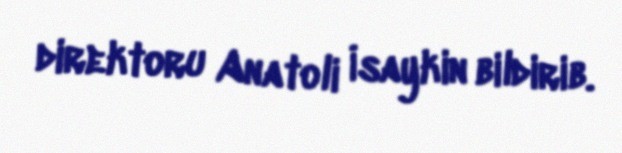
direktoru Anatoli İsaykin bildirib.